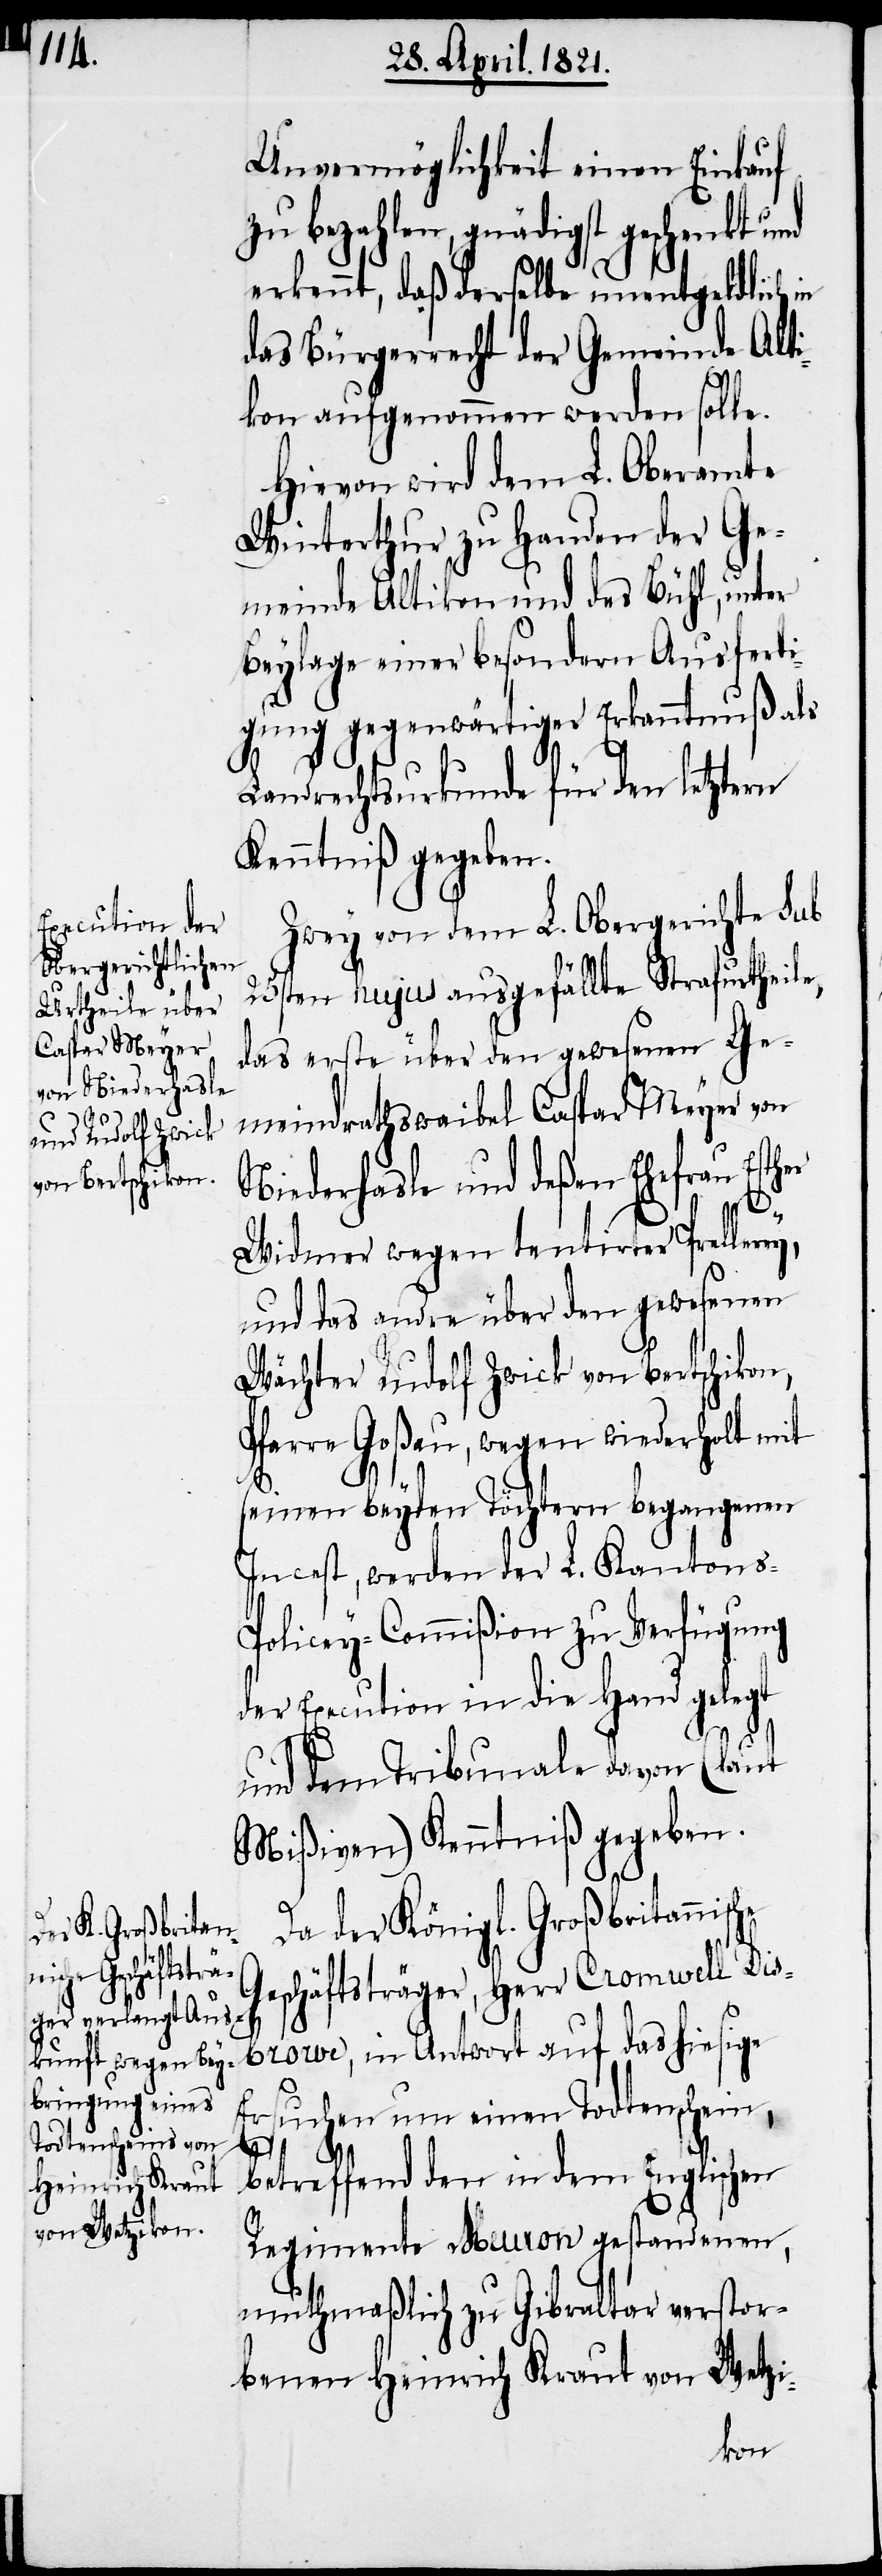
Unvermöglichkeit einen Einkauf
zu bezahlen, gnädigst geschenkt
erkennt, daß derselbe unentgeldlich in
das Bürgerrecht der Gemeinde Alti¬
kon aufgenommen werden solle.
Hievon wird dem L. Oberamte
Winterthur zu Handen der Ge¬
meinde Altikon und des Bühl, unter
Beylage einer besondern Ausferti¬
gung gegenwärtiger Erkanntnuß als
Landrechtsurkunde für den letztern
Kenntniß gegeben.
Zwey von dem L. Obergerichte sub
25sten hujus ausgefällte Strafurtheil¬
das erste über den gewesenen Ge¬
meindrathswaibel Caspar Meyer von
Niederhasle und deßen Ehefrau Esth¬
er
Widmer wegen tentirter Prellerey,
und das andre über den gewesenen
Wächter Rudolf Zwick von Bertschikon,
Pfarre Goßau, wegen wiederholt mit
seinen beyden Töchtern begangenen
Incest, werden der L. Kanton¬
olicey-Commißion zu Verfügung
der Execution in die Hand gelegt
und dem Tribunale davon (laut
Mißiven) Kenntniß gegeben.
Da der Königl. Großbritannis¬
eschäftsträger, Herr Cromwell Dis¬
G¬
browe, in Antwort auf das hiesige
Ersuchen um einen Todtenschein,
betreffend den in dem Englischen
Regimente Meuron gestandenen,
muthmaßlich zu Gibraltar verstor¬
benen Heinrich Kraut von Wetzi-